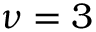
\nu = 3